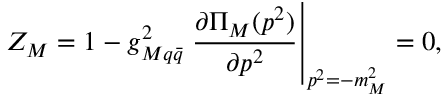
Z _ { M } = 1 - g _ { M q \bar { q } } ^ { 2 } \left. \frac { \partial { \Pi } _ { M } ( p ^ { 2 } ) } { \partial p ^ { 2 } } \right| _ { p ^ { 2 } = - m _ { M } ^ { 2 } } = 0 ,